Report on sanitation, dispensaries, and jails in Rajputana for 1916, and on vaccination for the year 1916-1917 - 1916-1917
Year: 1916
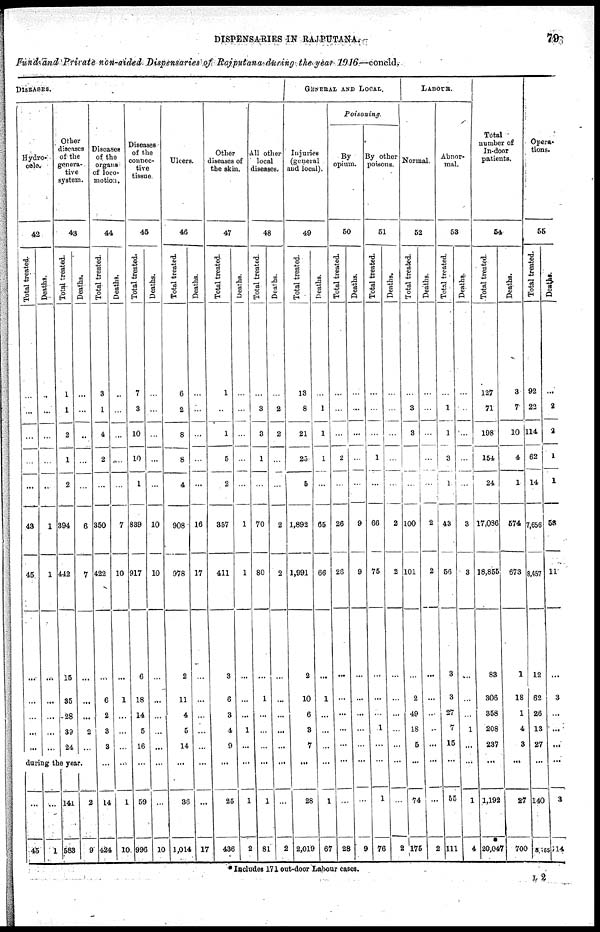
DISPENSARIES IN RAJPUTANA.
79
Fund and Private non-aided Dispensaries of Rajputana during the year 1916—concld.
DISEASES.
Hydro-
cele.
42
Total treated.
...
...
...
...
...
43
45
...
...
...
...
...
Deaths.
...
...
...
...
...
1
1
...
...
...
...
...
Other
diseases
of the
genera-
tive
system.
43
Total treated.
1
1
2
1
2
394
442
15
35
28
39
24
Deaths.
...
...
...
...
6
7
...
...
...
2
...
during the year.
...
45
...
1
141
583
2
9
Diseases
of the
organs
of loco-
motion.
44
Total treated.
3
1
4
2
...
350
422
...
6
2
3
3
...
14
424
Deaths.
...
...
...
...
...
7
10
...
1
...
...
...
...
1
10
Diseases
of the
connec-
tive
tissue
45
Total treated.
7
3
10
10
1
839
917
6
18
14
5
16
...
59
996
Deaths.
...
...
...
...
...
10
10
...
...
...
...
...
...
...
10
Ulcers.
46
Total treated.
6
2
8
8
4
908
978
2
11
4
5
14
...
36
1,014
Deaths.
...
...
...
...
...
16
17
...
...
...
...
...
...
...
17
Other
diseases of
the skin.
47
Total treated.
1
...
1
5
2
857
411
3
6
3
4
9
...
25
436
Deaths.
...
...
...
...
...
1
1
...
...
...
1
...
...
1
2
All other
local
diseases.
48
Total treated.
...
3
3
1
...
70
80
...
1
...
...
...
...
1
81
Deaths.
...
2
2
...
...
2
2
...
...
...
...
...
...
...
2
GENERAL AND LOCAL.
Injuries
(general
and local).
49
Total treated.
13
8
21
25
5
1,893
1,991
2
10
6
3
7
...
28
2,019
Deaths.
...
1
1
1
...
65
66
...
1
...
...
...
...
1
67
POISONING
By
opium.
50
Total treated.
...
...
...
2
...
26
20
...
...
...
...
...
...
...
28
Deaths.
...
...
...
...
...
9
9
...
...
...
...
...
...
...
9
By other
poisons.
51
Total treated.
...
...
...
1
...
66
75
...
...
...
1
...
...
1
76
Deaths.
...
...
...
...
2
2
...
...
...
...
...
...
...
2
LABOUR.
Normal.
52
Total treated.
...
3
3
...
...
100
101
...
2
49
18
5
...
74
175
Deaths.
...
...
...
...
...
2
2
...
...
...
...
...
...
...
2
Abnor-
mal.
53
Total treated.
...
1
1
3
1
43
56
3
3
27
7
15
...
55
111
Deaths.
...
...
...
...
...
3
8
...
...
...
1
...
...
1
4
Total
number of
In-door
patients.
54
Total treated.
127
71
198
154
24
17,036
18,855
83
306
358
208
237
...
1,192
20,047
Deaths.
3
7
10
4
1
574
673
1
18
1
4
8
...
27
700
Opera-
tions.
55
Total treated.
92
22
114
62
14
7,656
8,457
12
62
26
13
27
...
140
8,755
Deaths.
...
2
2
1
1
58
11
...
3
...
...
...
...
3
14
* Includes 171 out-door Labour cases.
L 2